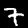
Label: 7